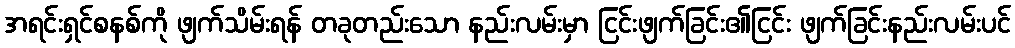
အရင်းရှင်စနစ်ကို ဖျက်သိမ်းရန် တခုတည်းသော နည်းလမ်းမှာ ငြင်းဖျက်ခြင်း၏ငြင်း ဖျက်ခြင်းနည်းလမ်းပင်